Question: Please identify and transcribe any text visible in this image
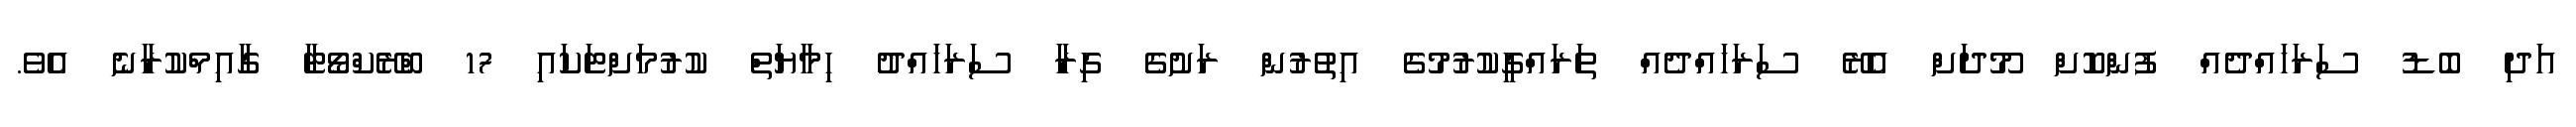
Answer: އަދި ބޮޑު ސަރަހައްދެއް ފުންކޮށް މޫދަށް އެރޭ ސަރަހައްދެއް ތަރައްގީކުރުމުގެ އިތުރުން ރަށުގެ ގިރާ ސަރަހައްދު ހިމާޔަތް ކުރުމަށްޓަކައި 17 ބްރޭކްވޯޓާ ގާއިމްކުރާނެ އެވެ.